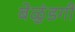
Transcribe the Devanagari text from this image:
बेळुंडगी